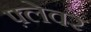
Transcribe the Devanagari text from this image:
फ़्लेवर